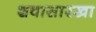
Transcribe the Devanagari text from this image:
शवासारखा